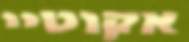
אקוטיי